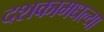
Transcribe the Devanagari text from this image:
दशकामधल्या